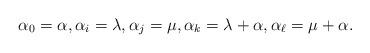
LaTeX: \begin{align*}\alpha_0=\alpha,\alpha_i=\lambda,\alpha_j=\mu,\alpha_k=\lambda+\alpha,\alpha_\ell=\mu+\alpha.\end{align*}